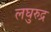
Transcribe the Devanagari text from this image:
लघुरुद्र